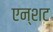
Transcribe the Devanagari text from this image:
एन्शट